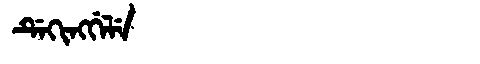
Manchu: ᡩᡝᡴᡳᠩᡤᡝᠯᡝ
Romanization: DEKINGGELE